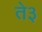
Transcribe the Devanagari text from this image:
ते३